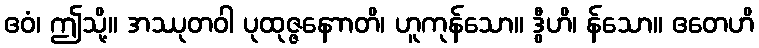
ဧဝံ၊ ဤသို့။ အဿုတဝါ ပုထုဇ္ဇနောာတိ၊ ဟူကုန်သော။ ဒွီဟိ၊ န်သော။ ဧတေဟိ